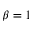
\beta = 1